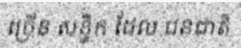
ច្រើន សន្ធឹក ដែល ជនជាតិ